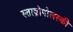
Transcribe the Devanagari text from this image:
स्ताव्रोपोलस्की